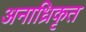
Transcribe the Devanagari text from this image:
अनाध्रिकृत